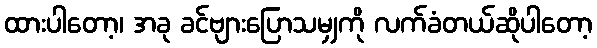
ထားပါတော့၊ အခု ခင်ဗျားပြောသမျှကို လက်ခံတယ်ဆိုပါတော့